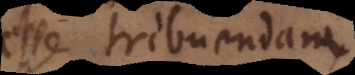
esse tribuendam,